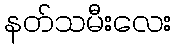
နတ်သမီးလေး